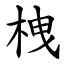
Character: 栧